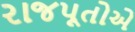
રાજપૂતોએ